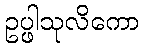
ဥပ္ဖါသုလိကော